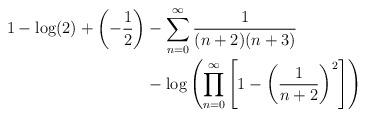
LaTeX: \begin{align*} 1-\log(2)+\left(-\frac{1}{2}\right) &- \sum_{n=0}^{\infty} \frac{1}{(n+2)(n+3)} \\ &- \log\left(\prod_{n=0}^{\infty} \left[1-\left(\frac{1}{n+2}\right)^2\right]\right) \end{align*}